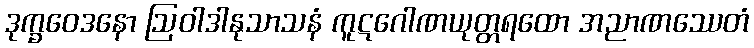
ဒုက္ခဝေဒနော ဩဝါဒါနုသာသနံ ကူဋဂေါဏယုတ္တရထော အညာဏဿေတံ